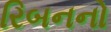
રિબનનો